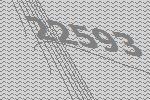
22593